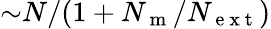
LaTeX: {\sim}N/(1+N_{\mathrm{~m~}}/N_{\mathrm{~e~x~t~}})